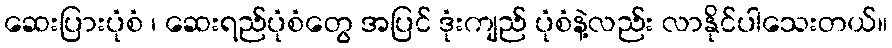
ဆေးပြားပုံစံ ၊ ဆေးရည်ပုံစံတွေ အပြင် ဒုံးကျည် ပုံစံနဲ့လည်း လာနိုင်ပါသေးတယ်။